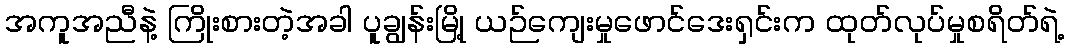
အကူအညီနဲ့ ကြိုးစားတဲ့အခါ ပူချွန်းမြို့ ယဉ်ကျေးမှုဖောင်ဒေးရှင်းက ထုတ်လုပ်မှုစရိတ်ရဲ့